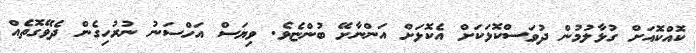
ކޮއްކޮއަށް ގުޅާލުމުން ދުވަސްކޮޅަކަށް އެކޮޅަށް އަންނާށޭ ބުންޏެވެ. ވިޔަސް އަހްސަނު ނުރުހިގެން ދެވޭގޮތެއް